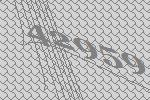
42959